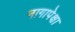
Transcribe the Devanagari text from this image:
नागापेक्षा